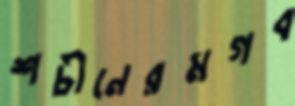
শচীনেরমগব